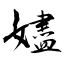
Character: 嬧